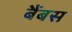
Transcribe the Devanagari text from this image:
बैंबस